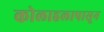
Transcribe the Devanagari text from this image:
कोलाहलापासून